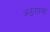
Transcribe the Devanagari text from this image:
अठगांवा